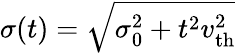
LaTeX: \sigma(t)=\sqrt{\sigma_{0}^{2}+t^{2}v_{\mathrm{th}}^{2}}